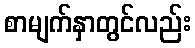
စာမျက်နှာတွင်လည်း